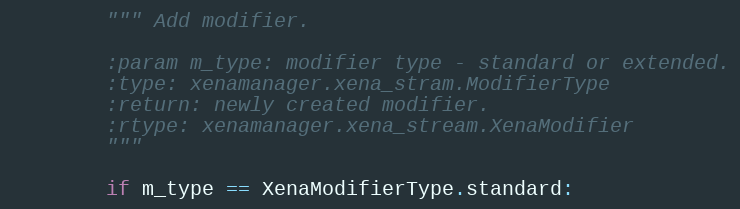
Language: Python
        """ Add modifier.

        :param m_type: modifier type - standard or extended.
        :type: xenamanager.xena_stram.ModifierType
        :return: newly created modifier.
        :rtype: xenamanager.xena_stream.XenaModifier
        """

        if m_type == XenaModifierType.standard: